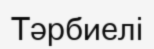
Тәрбиелі